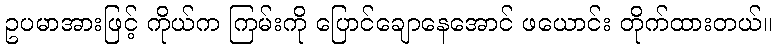
ဥပမာအားဖြင့် ကိုယ်က ကြမ်းကို ပြောင်ချောနေအောင် ဖယောင်း တိုက်ထားတယ်။